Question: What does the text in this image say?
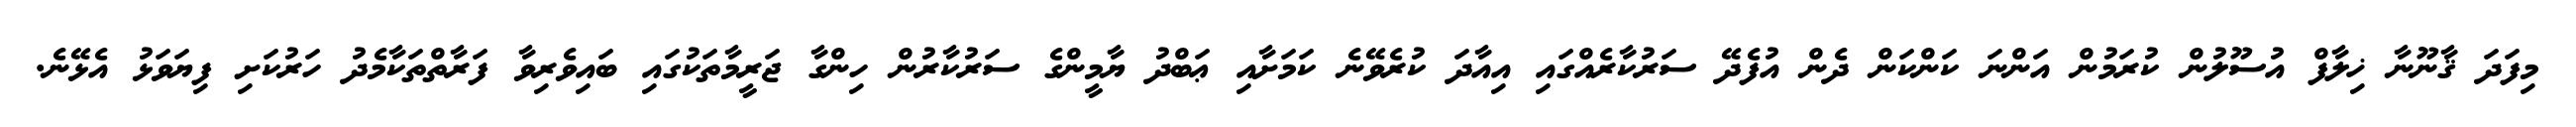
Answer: މިފަދަ ޤާނޫނާ ޚިލާފް އުސޫލުން ކުރަމުން އަންނަ ކަންކަން ދެން އުފެދޭ ސަރުކާރެއްގައި އިއާދަ ކުރެވޭނެ ކަމަށާއި ޢަބްދު ޔާމީންގެ ސަރުކާރުން ހިންގާ ޖަރީމާތަކުގައި ބައިވެރިވާ ފަރާތްތަކާމެދު ހަރުކަށި ފިޔަވަޅު އެޅޭނެ.